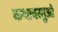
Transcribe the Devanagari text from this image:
कथावस्तुओं